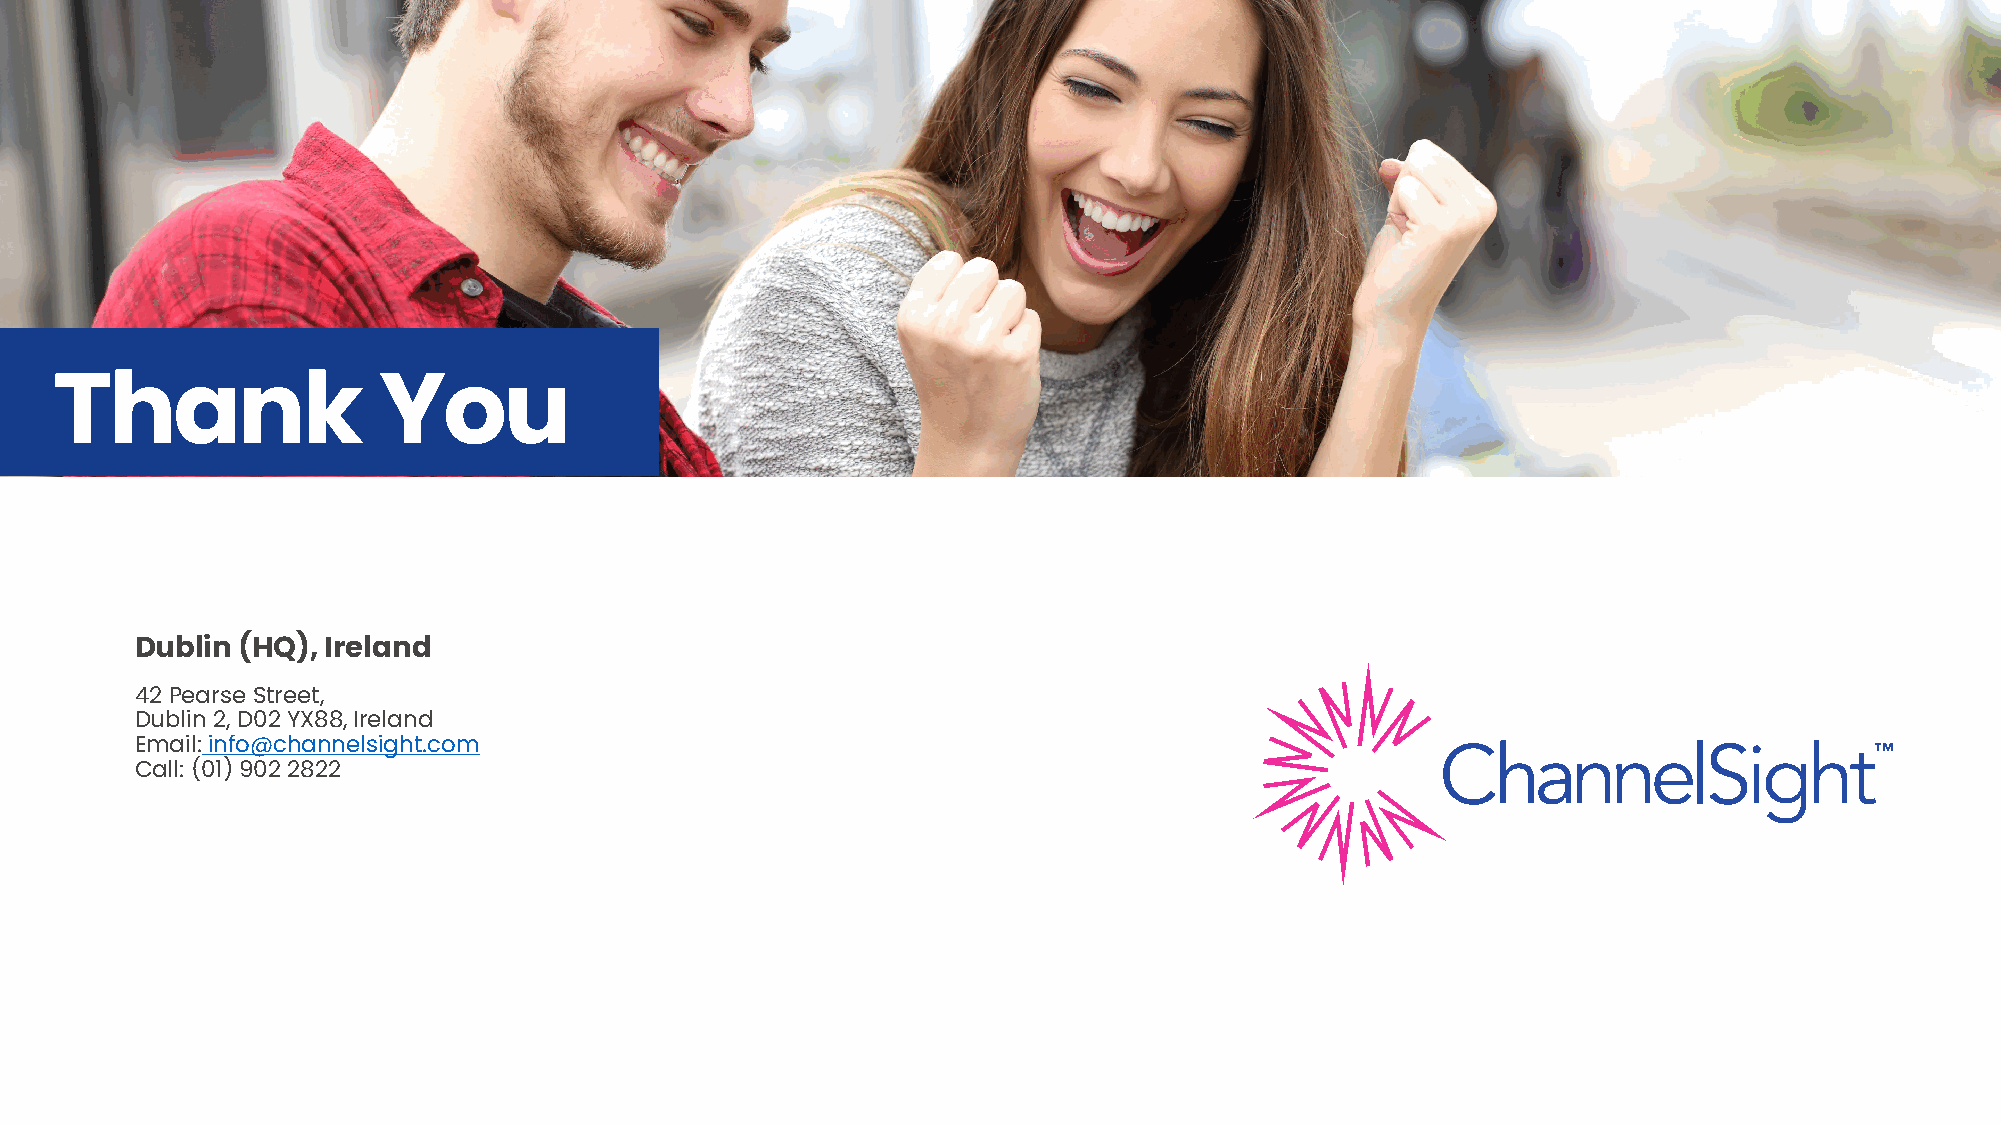
Thank                You
 Dublin (HQ), Ireland
 42 Pearse Street,
 Dublin 2, D02 YX88, Ireland
 Email:info@channelsight.com
 Call: (01) 902 2822